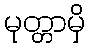
မုတ္တာမှိ